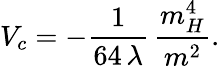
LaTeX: V_{c}=-\frac{1}{64\, \lambda}\, \frac{m_{H}^{4}}{m^{2}}.